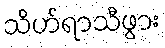
သိဟ်ရာသီဖွား